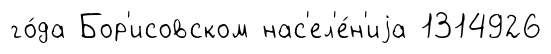
го́да Бор'исовском нас'ел'е́н'иjа 1314926